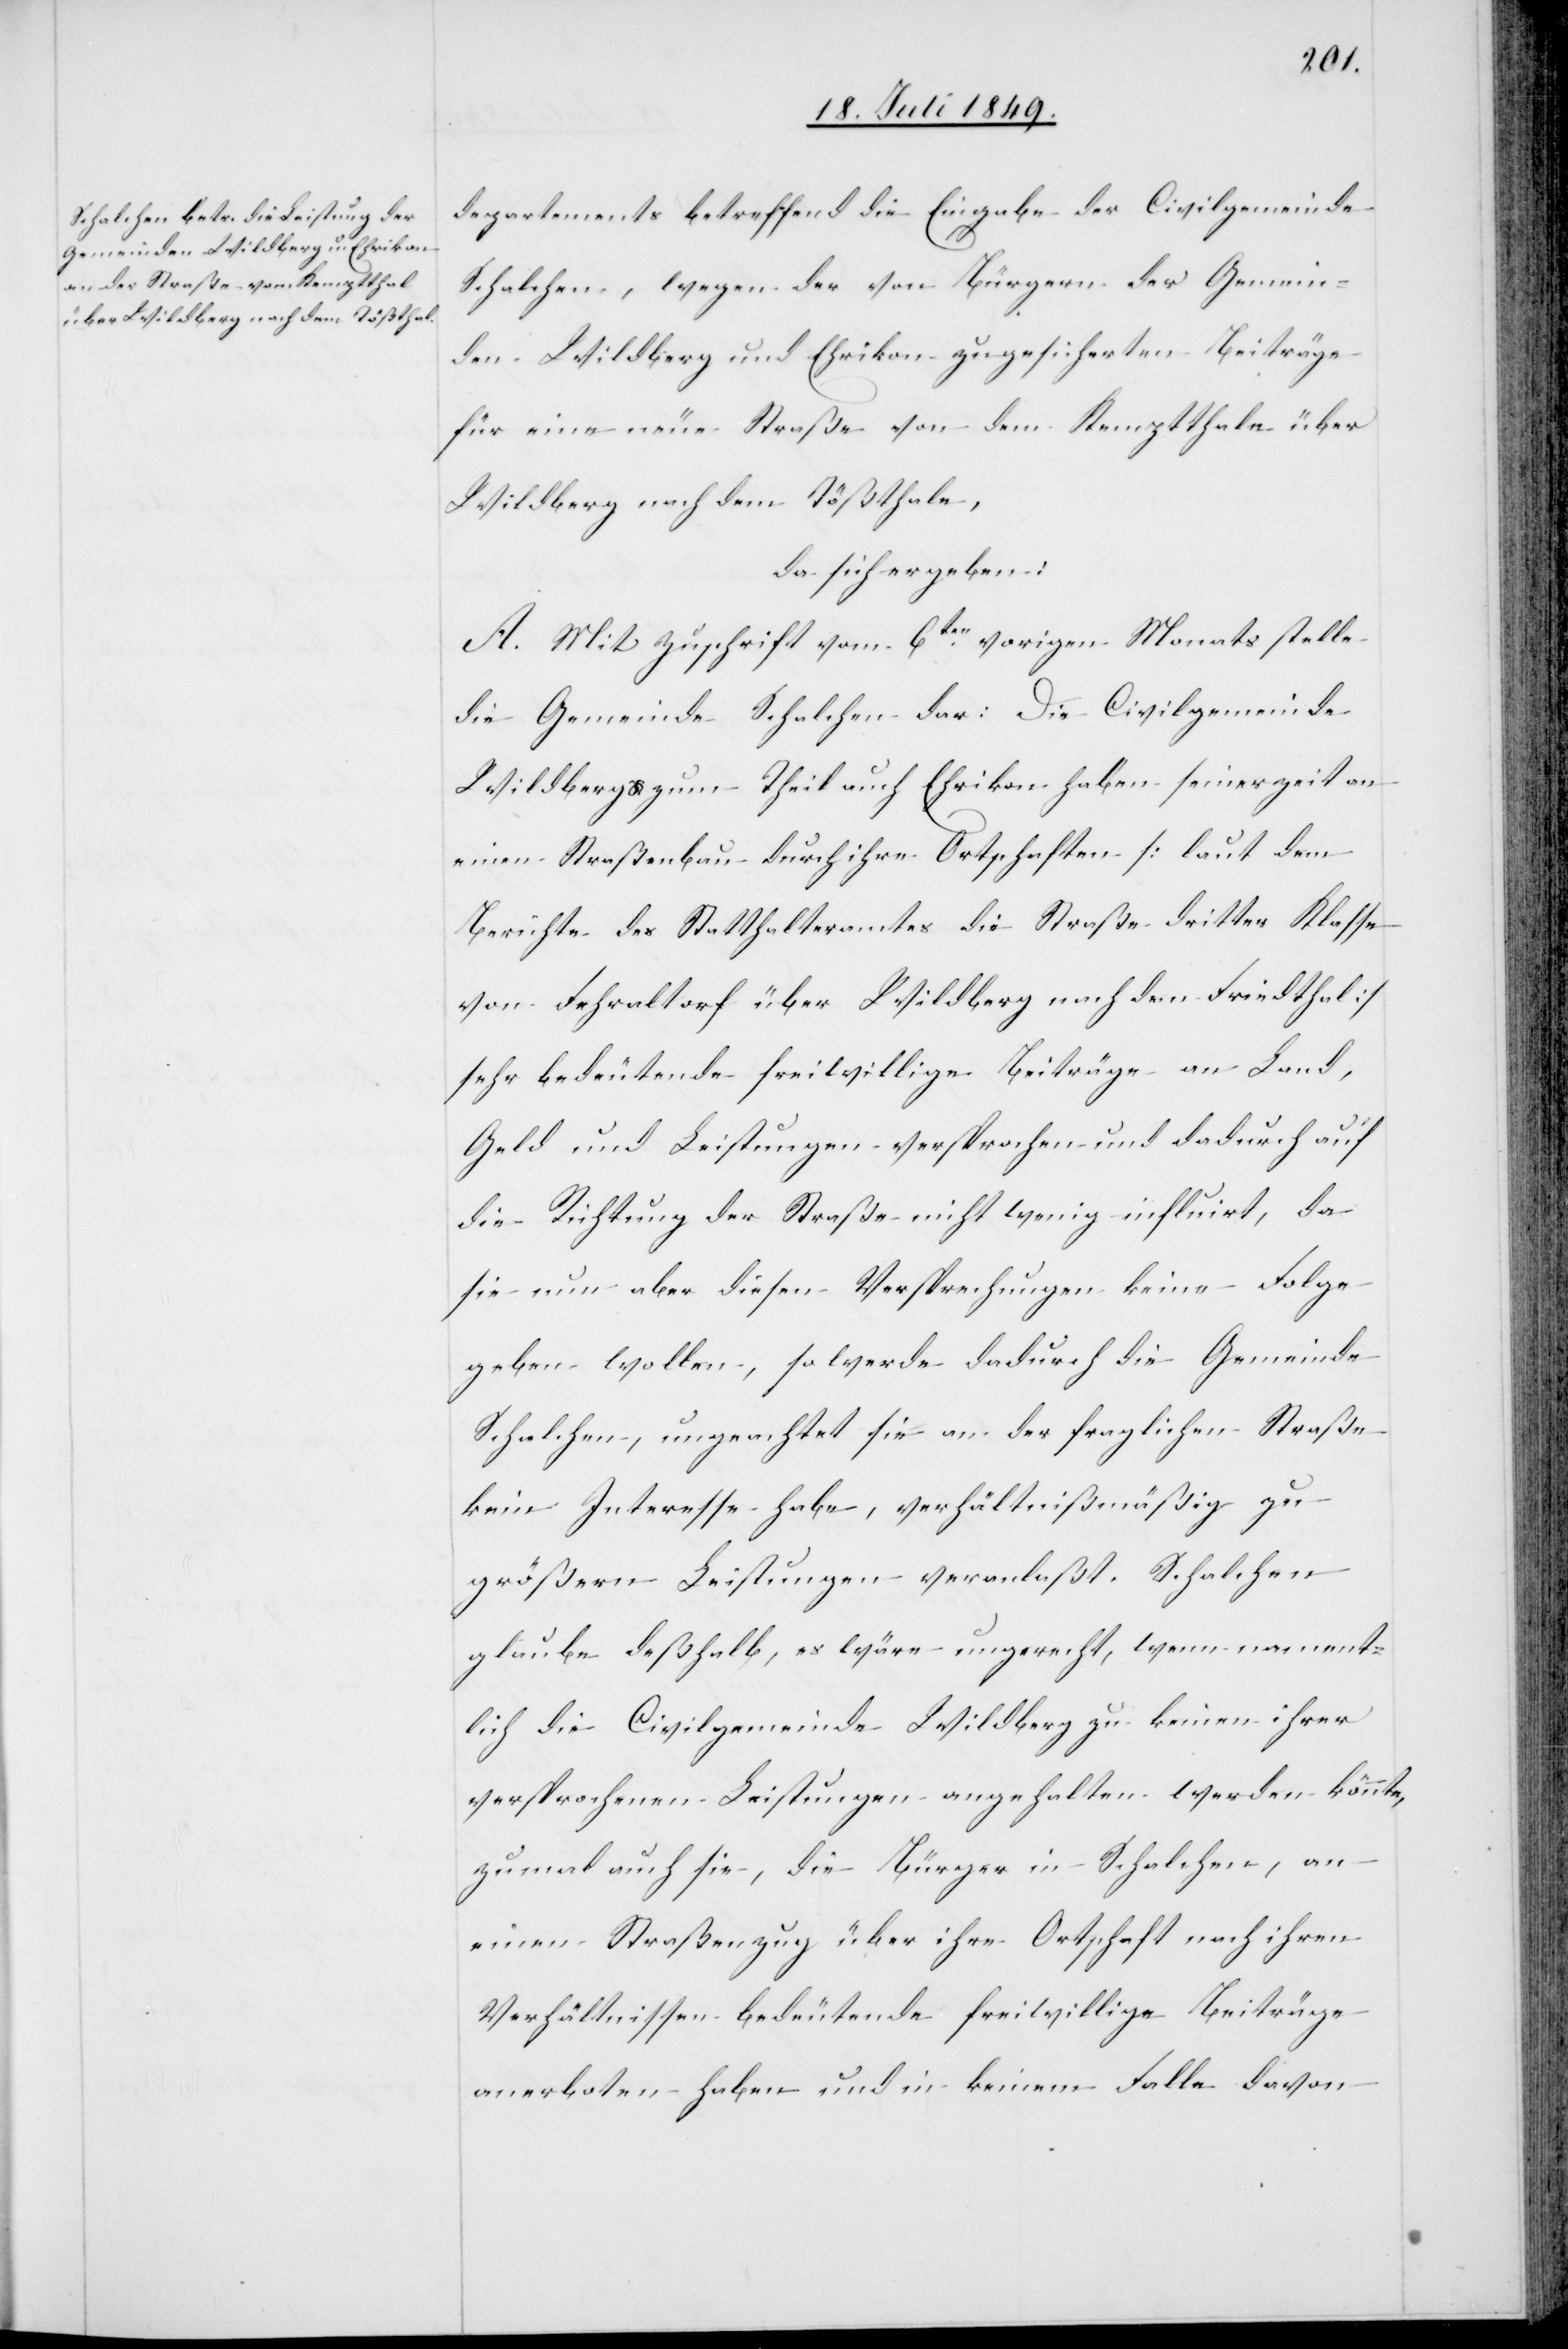
departements betreffend die Eingabe der Civilgemeinde
Schalchen, wegen der von Bürgern der Gemein¬
den Wildberg und Ehrikon zugesicherten Beiträge
für eine neue Straße von dem Kemptthale über
Wildberg nach dem Tößthale,
da sich ergeben:
A. Mit Zuschrift vom 6ten vorigen Monats stelle
die Gemeinde Schalchen dar: Die Civilgemeinde
Wildberg zum Theil auch Ehrikon haben seinerzeit an
einen Straßenbau durch ihre Ortschaften [laut dem
Berichte des Statthalteramtes die Straße dritter Klasse
von Fehraltorf über Wildberg nach dem Friedthal]
sehr bedeutende freiwillige Beiträge an Land,
Geld und Leistungen versprochen und dadurch auf
die Richtung der Straße nicht wenig influirt, da
sie nun aber diesen Versprechungen keine Folge
geben wollen, so werde dadurch die Gemeinde
Schalchen, ungeachtet sie an der fraglichen Straße
kein Interesse habe, verhältnißmäßig zu
größern Leistungen veranlaßt. Schalchen
glaube deßhalb, es wäre ungerecht, wenn nament¬
lich die Civilgemeinde Wildberg zu keinen ihrer
versprochenen Leistungen angehalten werden könnte,
zumal auch sie, die Bürger in Schalchen, an
einen Straßenzug über ihre Ortschaft nach ihren
Verhältnissen bedeutende freiwillige Beiträge
anerboten haben und in keinem Falle davon